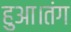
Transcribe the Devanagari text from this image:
हुआ।तंग